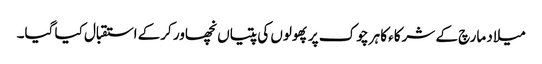
میلاد مارچ کے شرکاء کا ہر چوک پر پھولوں کی پتیاں نچھاور کرکے استقبال کیا گیا۔